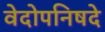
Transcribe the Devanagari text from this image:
वेदोपनिषदे